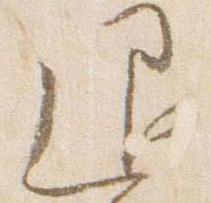
退